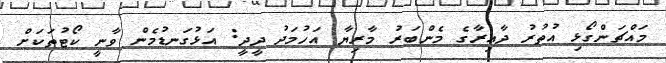
މައްޗަންގޯޅި އުތުރު ދާއިރާގެ މެންބަރު މާރިޔާ އަހުމަދު ދީދީ: އަޅުގަނޑުމެން ވާނީ ކޯޓުތަކަށް